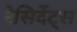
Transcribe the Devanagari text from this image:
रेसिदेंट्स